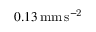
0 . 1 3 \mathrm { \, m m \, s ^ { - 2 } }